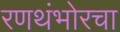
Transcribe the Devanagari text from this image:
रणथंभोरचा